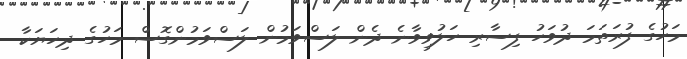
މަހުގެ ފުރަތަމަ ދުވަހު ފިސާރި ހަލުވިވާނެ ދެން ލަސްވަމުން ލަސްވަމުންގޮސް މަހުގެ ދިހަޔަކާ